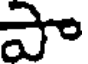
పా